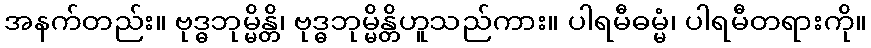
အနက်တည်း။ ဗုဒ္ဓဘုမ္မိန္တိ၊ ဗုဒ္ဓဘုမ္မိန္တိဟူသည်ကား။ ပါရမီဓမ္မံ၊ ပါရမီတရားကို။